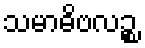
သမာဓိဗလဉ္စ